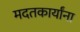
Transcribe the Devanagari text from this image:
मदतकार्यांना